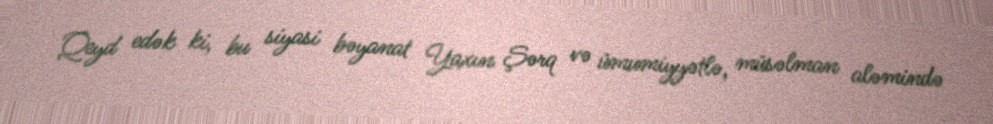
Qeyd edək ki, bu siyasi bəyanat Yaxın Şərq və ümumiyyətlə, müsəlman aləmində